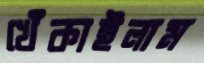
খেঁকাইলাম